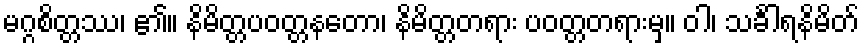
မဂ္ဂစိတ္တဿ၊ ၏။ နိမိတ္တပဝတ္တနတော၊ နိမိတ္တတရား ပဝတ္တတရားမှ။ ဝါ၊ သင်္ခါရနိမိတ်